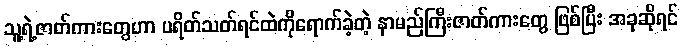
သူ့ရဲ့ဇာတ်ကားတွေဟာ ပရိတ်သတ်ရင်ထဲကိုရောက်ခဲ့တဲ့ နာမည်ကြီးဇာတ်ကားတွေ ဖြစ်ပြီး အခုဆိုရင်